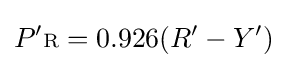
P'{\scriptstyle {\text{R}}}=0.926(R'-Y')